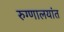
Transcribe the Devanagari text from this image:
रुग्णालयांत